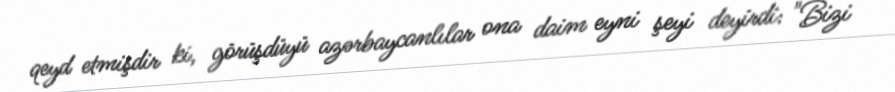
qeyd etmişdir ki, görüşdüyü azərbaycanlılar ona daim eyni şeyi deyirdi: "Bizi